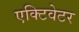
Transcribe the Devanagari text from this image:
एक्टिवेटर